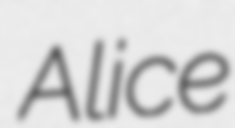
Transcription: Alice